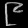
Digit: ၉